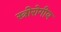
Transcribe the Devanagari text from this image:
स्त्रीरोगीय